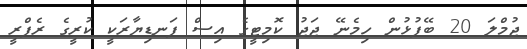
ޖުމްލަ 20 ބޭފުޅުން ހިމެނޭ ޖަޖު ކޮމިޓީގެ އިސް ފަނޑިޔާރަކީ ކުރީގެ ރެފްރީ